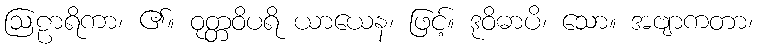
ဩဠာရိကာ၊ ၏။ ဝုတ္တဝိပရိ ယာယေန၊ ဖြင့်။ ဒုဝိဓာပိ၊ သော။ အဗျာကတာ၊